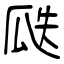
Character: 瓞